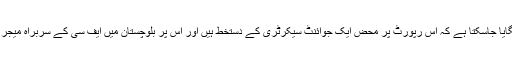
حکومت کی سنجیدگی کا اندازہ اس بات سے لگایا جاسکتا ہے کہ اس رپورٹ پر محض ایک جوائنٹ سیکرٹری کے دستخط ہیں اور اس پر بلوچستان میں ایف سی کے سربراہ میجر جنرل عبیداللہ خٹک کے بھی دستخط نہیں ہیں۔